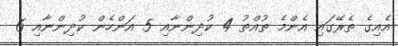
އެއިގެ ތެރޭގައި އެންމެ ތުއްތު 4 ކުދިންނާއި 5 އަންހެން ކުދިންނާއި 6